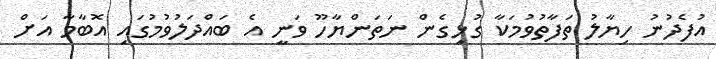
އުފެދުނު ހިޔާލު ތަފާތުވުމަކާ ގުޅިގެން ނަތަންޔާހޫ ވަނީ އެ ބައްދަލުވުމުގައި އޮބާމާ އަށް